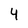
Character: 4